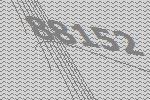
88152